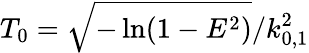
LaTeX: T_{0}=\sqrt{-\ln(1-E^{2})}/k_{0,1}^{2}